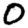
Digit: 0